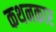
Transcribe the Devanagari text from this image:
कथनकार